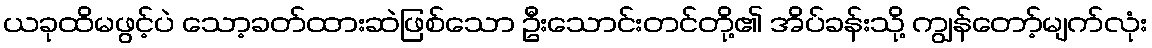
ယခုထိမဖွင့်ပဲ သော့ခတ်ထားဆဲဖြစ်သော ဦးသောင်းတင်တို့၏ အိပ်ခန်းသို့ ကျွန်တော့်မျက်လုံး